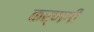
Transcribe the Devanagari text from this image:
कर्णगी